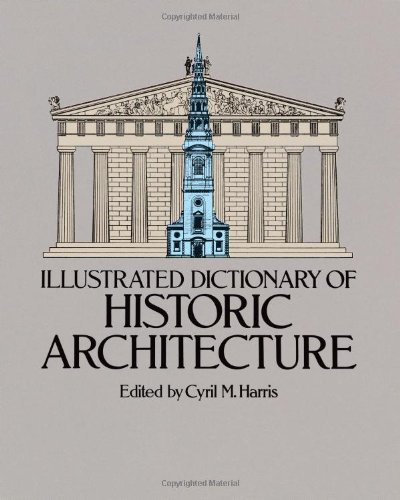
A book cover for Illustrated Dictionary of Historic Architecture (Dover Architecture); Arts & Photography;